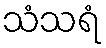
သံသရံ